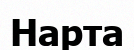
Нарта